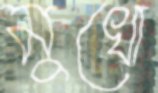
মুখো